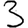
Digit: 3